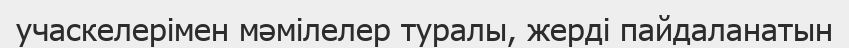
учаскелерімен мәмілелер туралы, жерді пайдаланатын